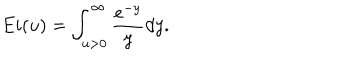
LaTeX: E i ( u ) = \int _ { u > 0 } ^ { \infty } \frac { e ^ { - y } } { y } d y .